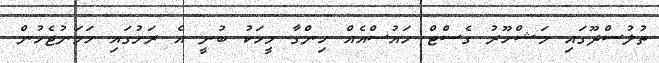
ތުލުސްދޫގައި މަޝްހޫރު ގެސްޓް ހައުސްއެއް ހިންގާ މީހަކު ބުނީ އެ ރަށުގައި ހަމަނުޖެހުން